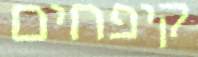
קיפחים